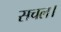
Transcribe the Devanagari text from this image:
सचल।